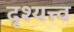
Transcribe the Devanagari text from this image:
दृश्‍यत्त्व